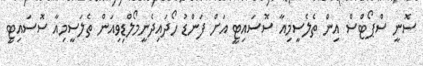
ސޮނީ ސްޕޯޓްސް އިން ތެލެސީމިއާ ސޮސައިޓީ އަށް ފަންޑު ހޯދައިދެނީމޯލްޑިވިއަން ތެލަސީމިއާ ސޮސައިޓީ